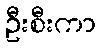
ဦးစီးကာ